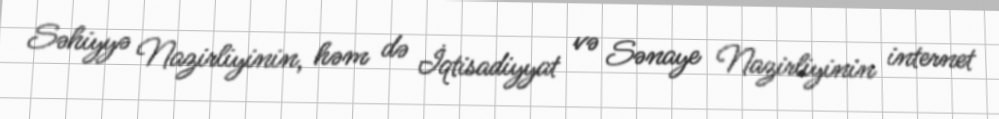
Səhiyyə Nazirliyinin, həm də İqtisadiyyat və Sənaye Nazirliyinin internet